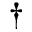
\dagger